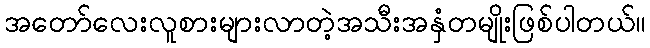
အတော်လေးလူစားများလာတဲ့အသီးအနှံတမျိုးဖြစ်ပါတယ်။